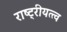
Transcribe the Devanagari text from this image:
राष्ट्रीयत्त्व